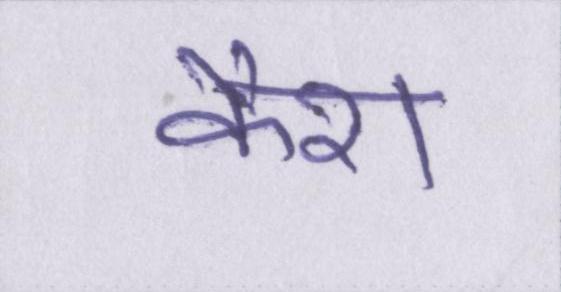
कैश